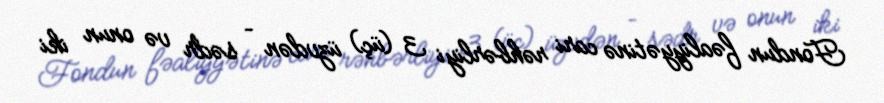
Fondun fəaliyyətinə cari rəhbərliyi 3 (üç) üzvdən – sədr və onun iki